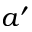
a ^ { \prime }